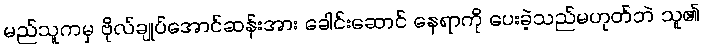
မည်သူကမှ ဗိုလ်ချုပ်အောင်ဆန်းအား ခေါင်းဆောင် နေရာကို ပေးခဲ့သည်မဟုတ်ဘဲ သူ၏